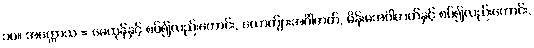
၁၀။ အက္ကောသ = မေထုန်နှင့် စပ်၍လည်းကောင်း, ယောက်ျားအင်္ဂါဇာတ်, မိန်းမအင်္ဂါဇာတ်နှင့် စပ်၍လည်းကောင်း,